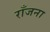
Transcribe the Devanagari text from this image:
राँजना